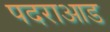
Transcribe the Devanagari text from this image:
पदराआड